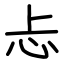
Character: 忐